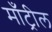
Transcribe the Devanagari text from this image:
माँट्रील